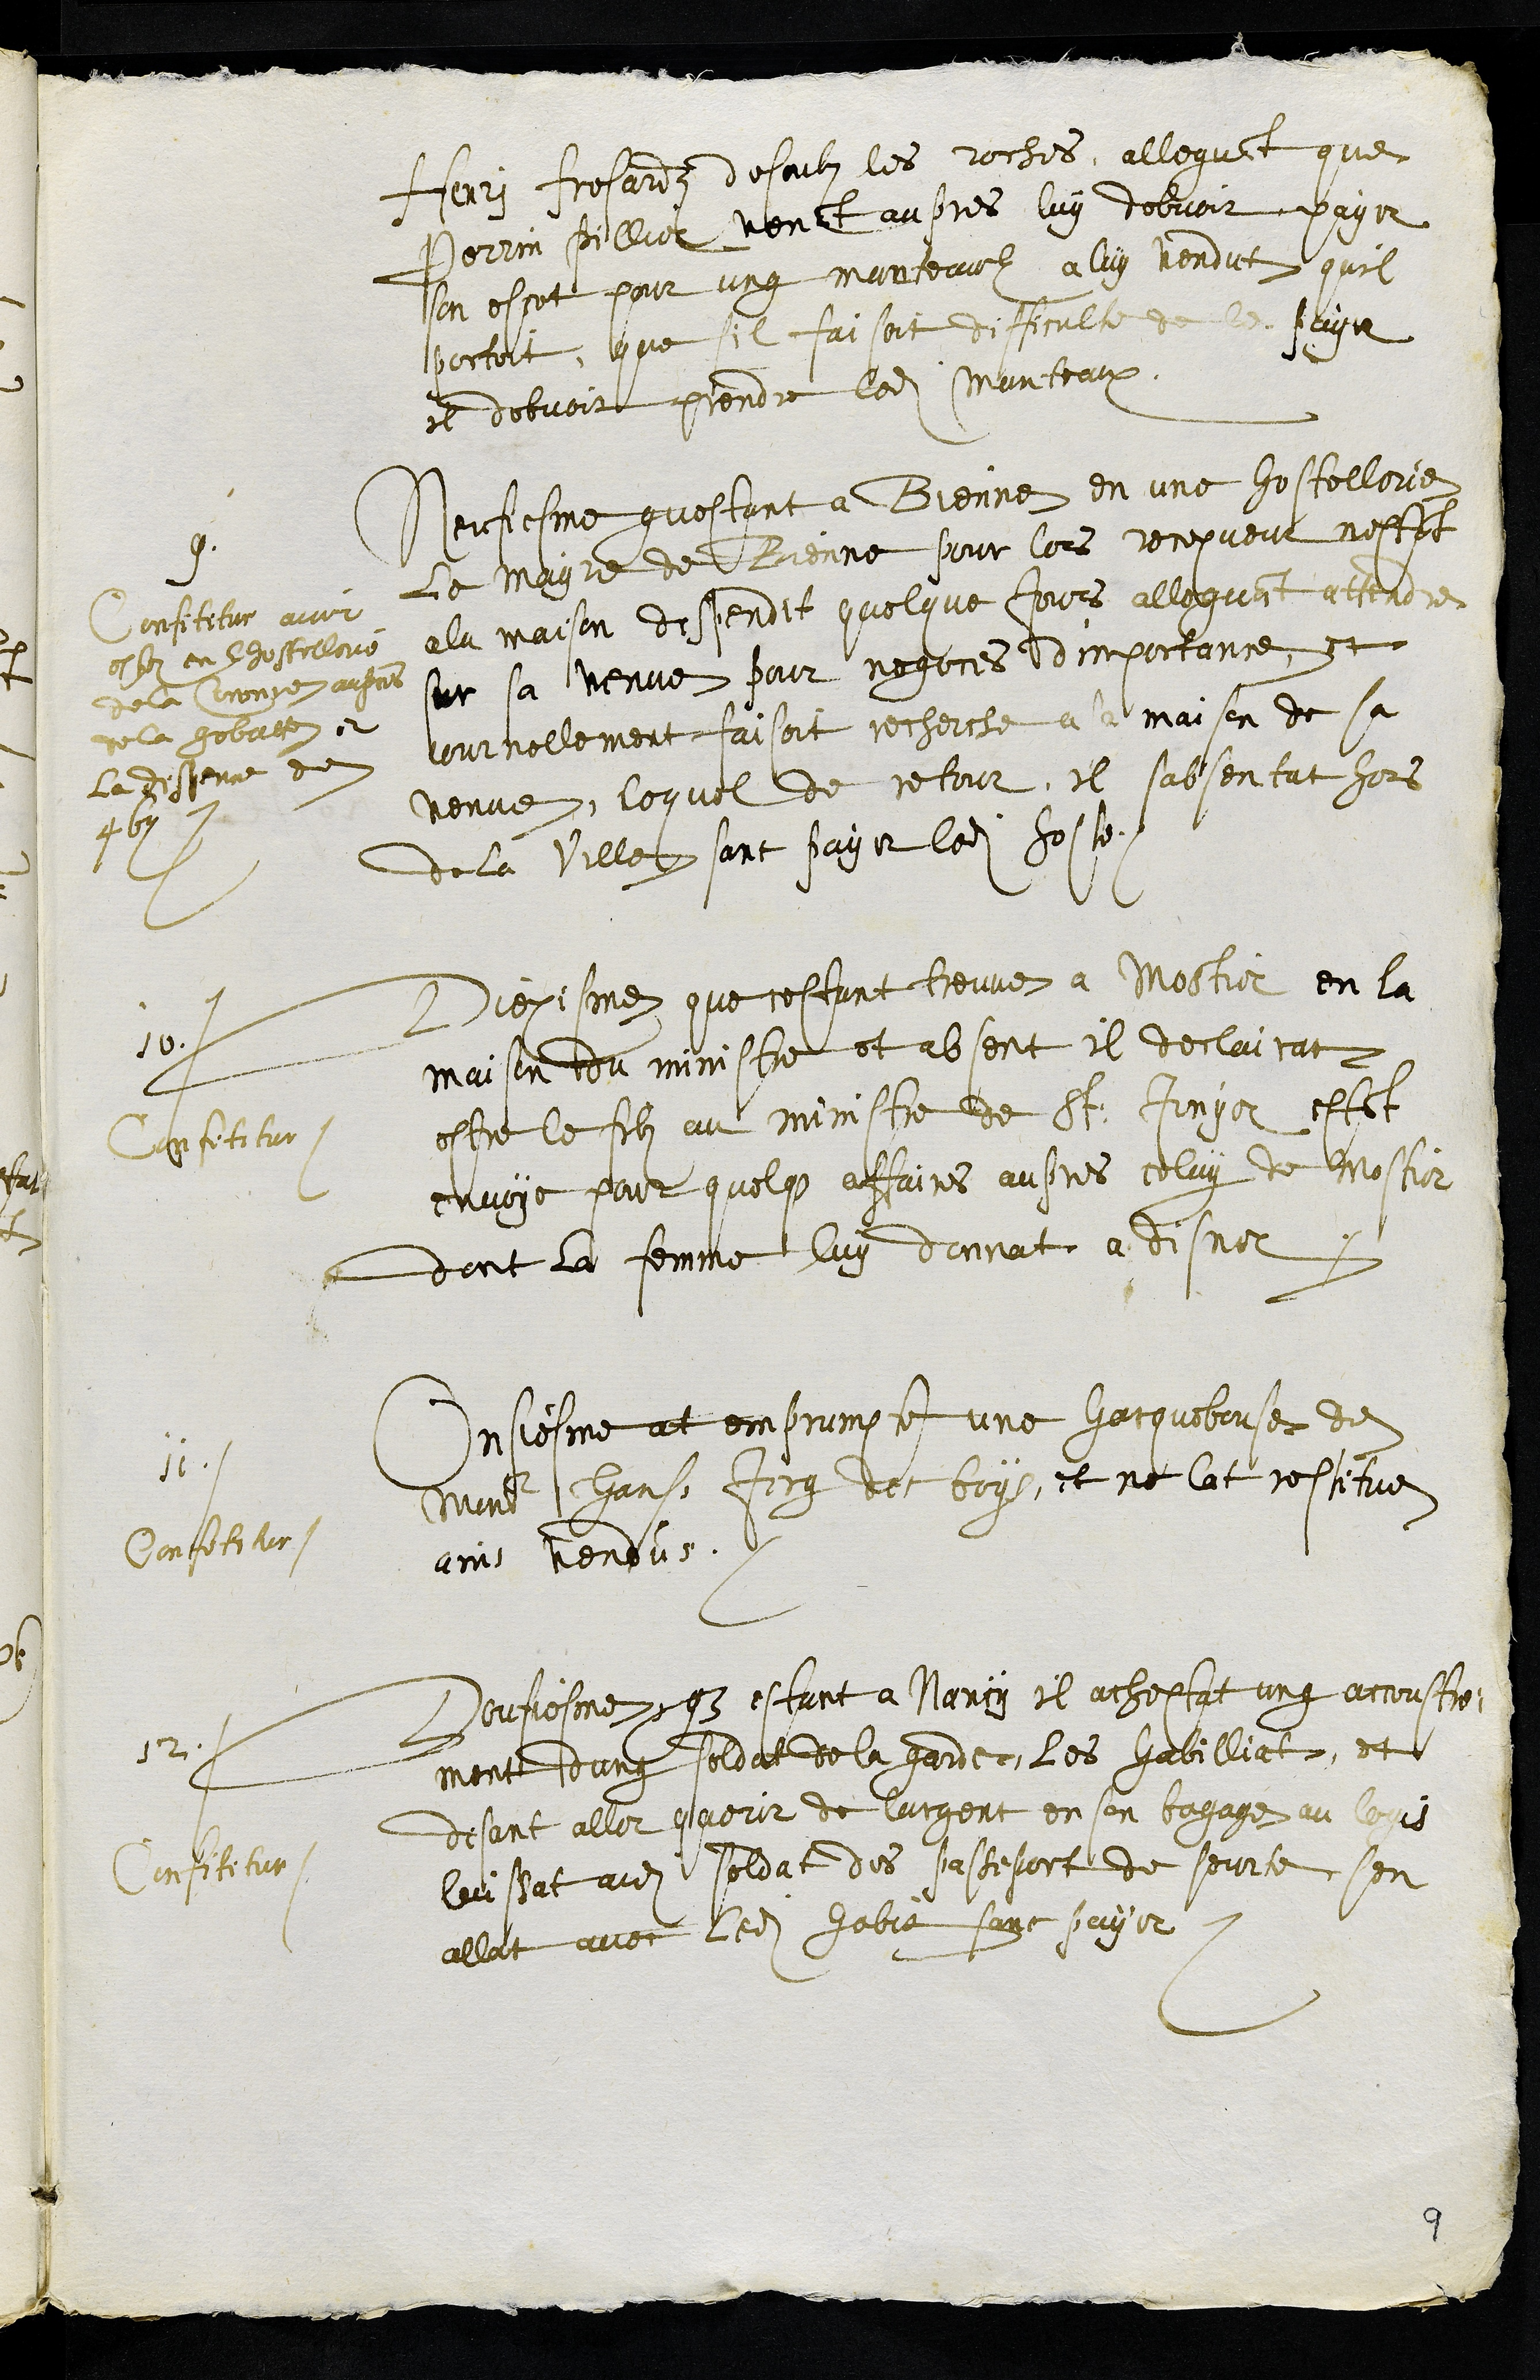
Henry Frosardz desoubz les roches, alleguant que
Perrin Pillier venit aupres luy debvoir payer
son escot pour ung manteaul a luy vendut quil
portoit, que il faisoit difficulte de le payer
et debvoit prendre ledit Manteaux.
9
Neufiesme questant a Bienne en une hostellerie
le mayre de Bienne pour lors recepveur nestant
a la maison despendit quelque jours alleguant attendre
sur sa venue pour negoces dimportance et
journellement faisoit recherche a la maison de sa
venue, lequel de retour, il sabsentat hors
de la ville, sant payer ledit hoste
Confitetur avoir
estez en lhostellerie
de la Coronne aupres
de la gobatte et
la despence de
4 b
10.
Diexisme que cestant treuve a Mostier en la
maison du ministre et absent il declairat
estre le filz au ministre de St. Imyer estant
envoye pour quelque affaires aupres celuy de Mostier
dont la femme luy donnat a disner
Confitetur.
11
Onsiesme at emprumpte une harquebouse de
Monsieur Hans Jerg des boys, et ne lat restitue
ains rendus.
Confitetur.
12.
Dousiesme que estant a Nancy il acheptat ung accoustre
ment dung soldat de la garde, les habilliat, et
disant aller querir de largent en son bagage au logis
laissat audit soldat des passeport de sourte sen
allat avec ledit habit sans payer.
Confitetur
9